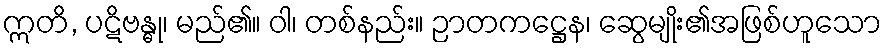
ဣတိ, ပဋိဗန္ဓု၊ မည်၏။ ဝါ၊ တစ်နည်း။ ဉာတကဋ္ဌေန၊ ဆွေမျိုး၏အဖြစ်ဟူသော